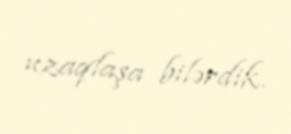
uzaqlaşa bilərdik.